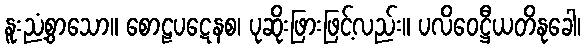
နူးညံ့စွာသော။ စောဠပဋေနစ၊ ပုဆိုးဖြားဖြင့်လည်း။ ပလိဝေဋ္ဌီယတိနုခေါ၊